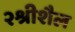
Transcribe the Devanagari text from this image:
२श्रीशैल